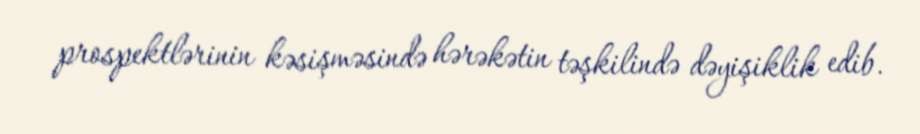
prospektlərinin kəsişməsində hərəkətin təşkilində dəyişiklik edib.